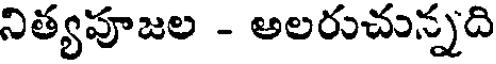
నిత్యపూజల - అలరుచున్నది